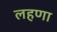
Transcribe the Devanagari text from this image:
लहणा